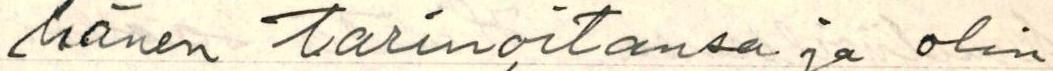
hänen tarinoitansa ja olin